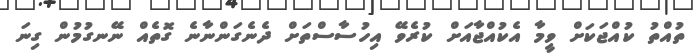
ތުއްތު ކުއްޖަކަށް ވީމާ އެކުއްޖާއަށް ކުރެވޭ އިހުސާސްތަށް ދެނެގަންނާނެ ގޮތެއް ނޭނގުމުން ގިނަ